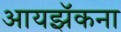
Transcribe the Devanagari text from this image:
आयझॅकना